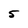
Character: 5